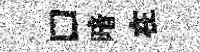
口暗在